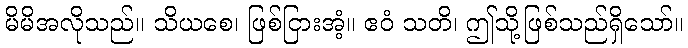
မိမိအလိုသည်။ သိယစေ၊ ဖြစ်ငြားအံ့။ ဧဝံ သတိ၊ ဤသို့ဖြစ်သည်ရှိသော်။